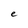
Character: e